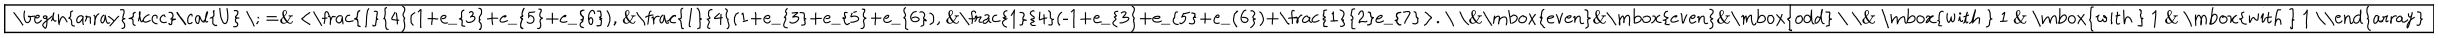
\fbox { \begin{array} { l c c c } { { \cal { U } \; = } } & { { < \frac { 1 } { 4 } ( 1 + e _ { 3 } + e _ { 5 } + e _ { 6 } ) , } } & { { \frac { 1 } { 4 } ( 1 + e _ { 3 } + e _ { 5 } + e _ { 6 } ) , } } & { { \frac { 1 } { 4 } ( - 1 + e _ { 3 } + e _ { 5 } + e _ { 6 } ) + \frac { 1 } { 2 } e _ { 7 } > . } } \\ { { } } & { { \mathrm { e v e n } } } & { { \mathrm { e v e n } } } & { { \mathrm { o d d } } } \\ { { } } & { { \mathrm { w i t h ~ } 1 } } & { { \mathrm { w i t h ~ } 1 } } & { { \mathrm { w i t h ~ } 1 } } \\ \end{array} }